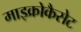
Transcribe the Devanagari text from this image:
माइक्रोकैसेट